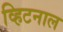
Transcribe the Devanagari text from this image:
व्हिटनाल